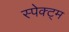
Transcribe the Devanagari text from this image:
स्पेक्ट्म